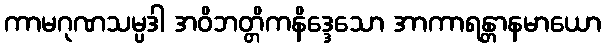
ကာမဂုဏသမ္ပဒါ အဝိဘတ္တိကနိဒ္ဒေသော အာကာရန္တာနမာယော